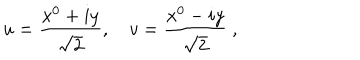
LaTeX: u = { \frac { x ^ { 0 } + i y } { \sqrt { 2 } } } , ~ v = { \frac { x ^ { 0 } - i y } { \sqrt { 2 } } } ~ ,